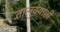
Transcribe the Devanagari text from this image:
तालुक्‍याशी